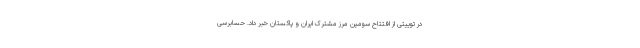
در توییتی از افتتاح سومین مرز مشترک ایران و پاکستان خبر داد. حسابرسی